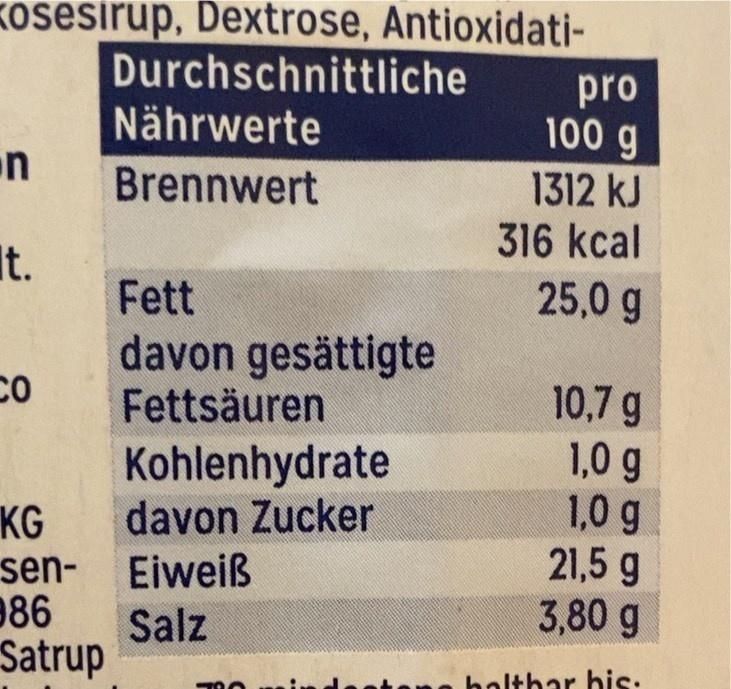
Kosesirup, Dextrose, AntioxidatiDurchschnittliche
n
It.
CO
KG
sen86 Satrup
Nährwerte
Brennwert
Fett
davon gesättigte
Fettsäuren
Kohlenhydrate
davon Zucker
Eiweiß
Salz
-70
pro
100 g
1312 kJ
316 kcal
25,0 g
10,7 g
1,0 g
1,0 g
21,5 g 3,80 g
haltbar his.